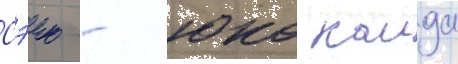
Сэию - юко каида